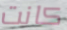
كانت